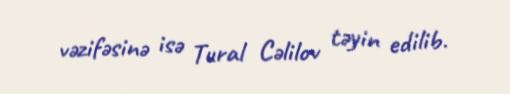
vəzifəsinə isə Tural Cəlilov təyin edilib.